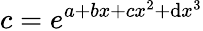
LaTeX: c=e^{a+bx+cx^{2}+\mathrm{d}x^{3}}